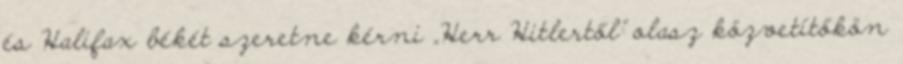
és Halifax békét szeretne kérni „Herr Hitlertől” olasz közvetítőkön